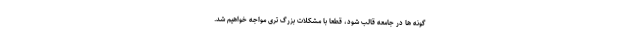
گونه ها در جامعه قالب شود، قطعا با مشکلات بزرگ تری مواجه خواهیم شد.